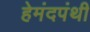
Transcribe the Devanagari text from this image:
हेमंदपंथी